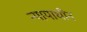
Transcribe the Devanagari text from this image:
न्यायाधीन